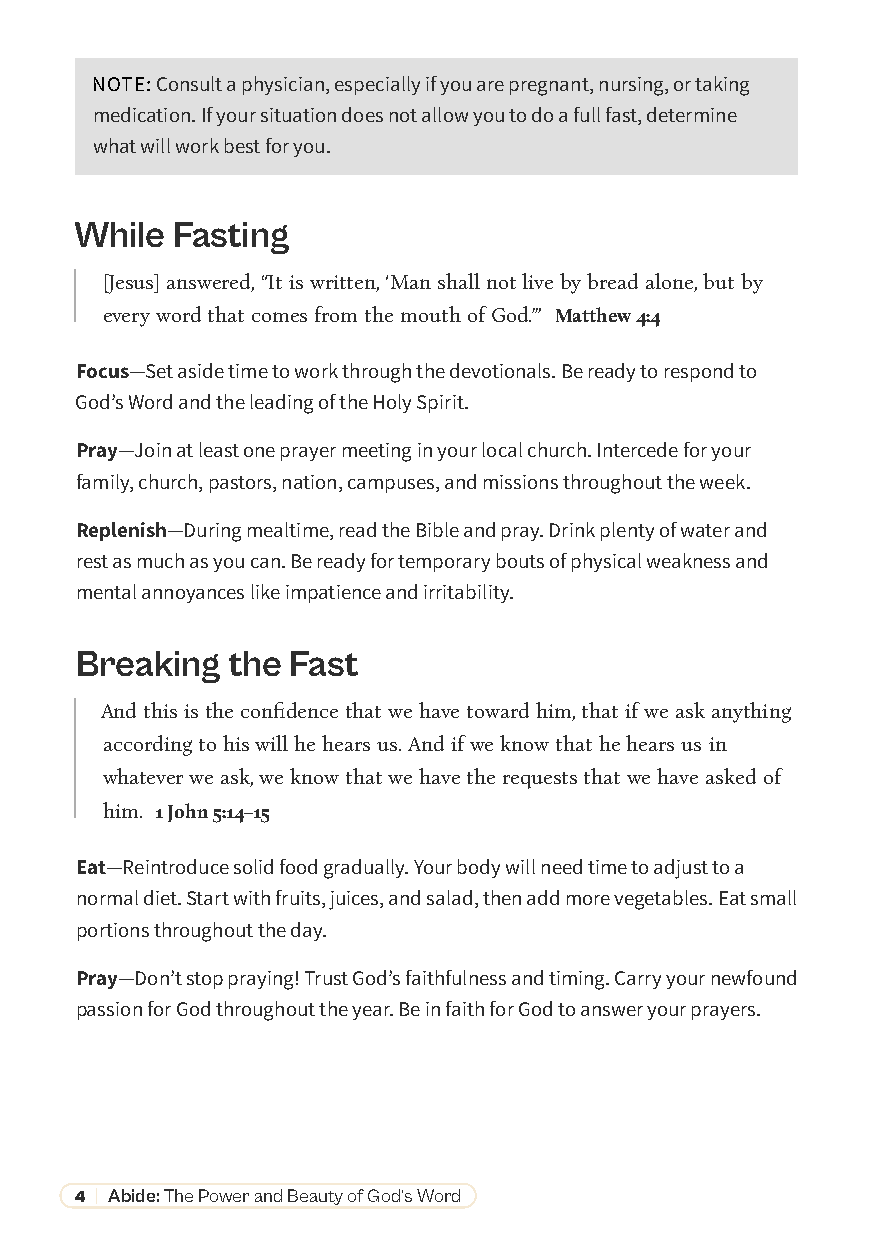
NOTE: Consult a physician, especially if you are pregnant, nursing, or taking
 medication. If your situation does not allow you to do a full fast, determine
 what will work best for you.
 While Fasting
 [Jesus] answered, “It is written, ‘Man shall not live by bread alone, but by
 every word that comes from the mouth of God.’” Matthew 4:4
 Focus—Set aside time to work through the devotionals. Be ready to respond to
 God’s Word and the leading of the Holy Spirit.
 Pray—Join at least one prayer meeting in your local church. Intercede for your
 family, church, pastors, nation, campuses, and missions throughout the week.
 Replenish—During mealtime, read the Bible and pray. Drink plenty of water and
 rest as much as you can. Be ready for temporary bouts of physical weakness and
 mental annoyances like impatience and irritability.
 Breaking  the Fast
 And this is the confidence that we have toward him, that if we ask anything
 according to his will he hears us. And if we know that he hears us in
 whatever we ask, we know that we have the requests that we have asked of
 him. 1 John 5:14–15
 Eat—Reintroduce solid food gradually. Your body will need time to adjust to a
 normal diet. Start with fruits, juices, and salad, then add more vegetables. Eat small
 portions throughout the day.
 Pray—Don’t stop praying! Trust God’s faithfulness and timing. Carry your newfound
 passion for God throughout the year. Be in faith for God to answer your prayers.
 4 | Abide: The Power and Beauty of God’s Word